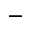
^ { - }